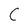
Character: C